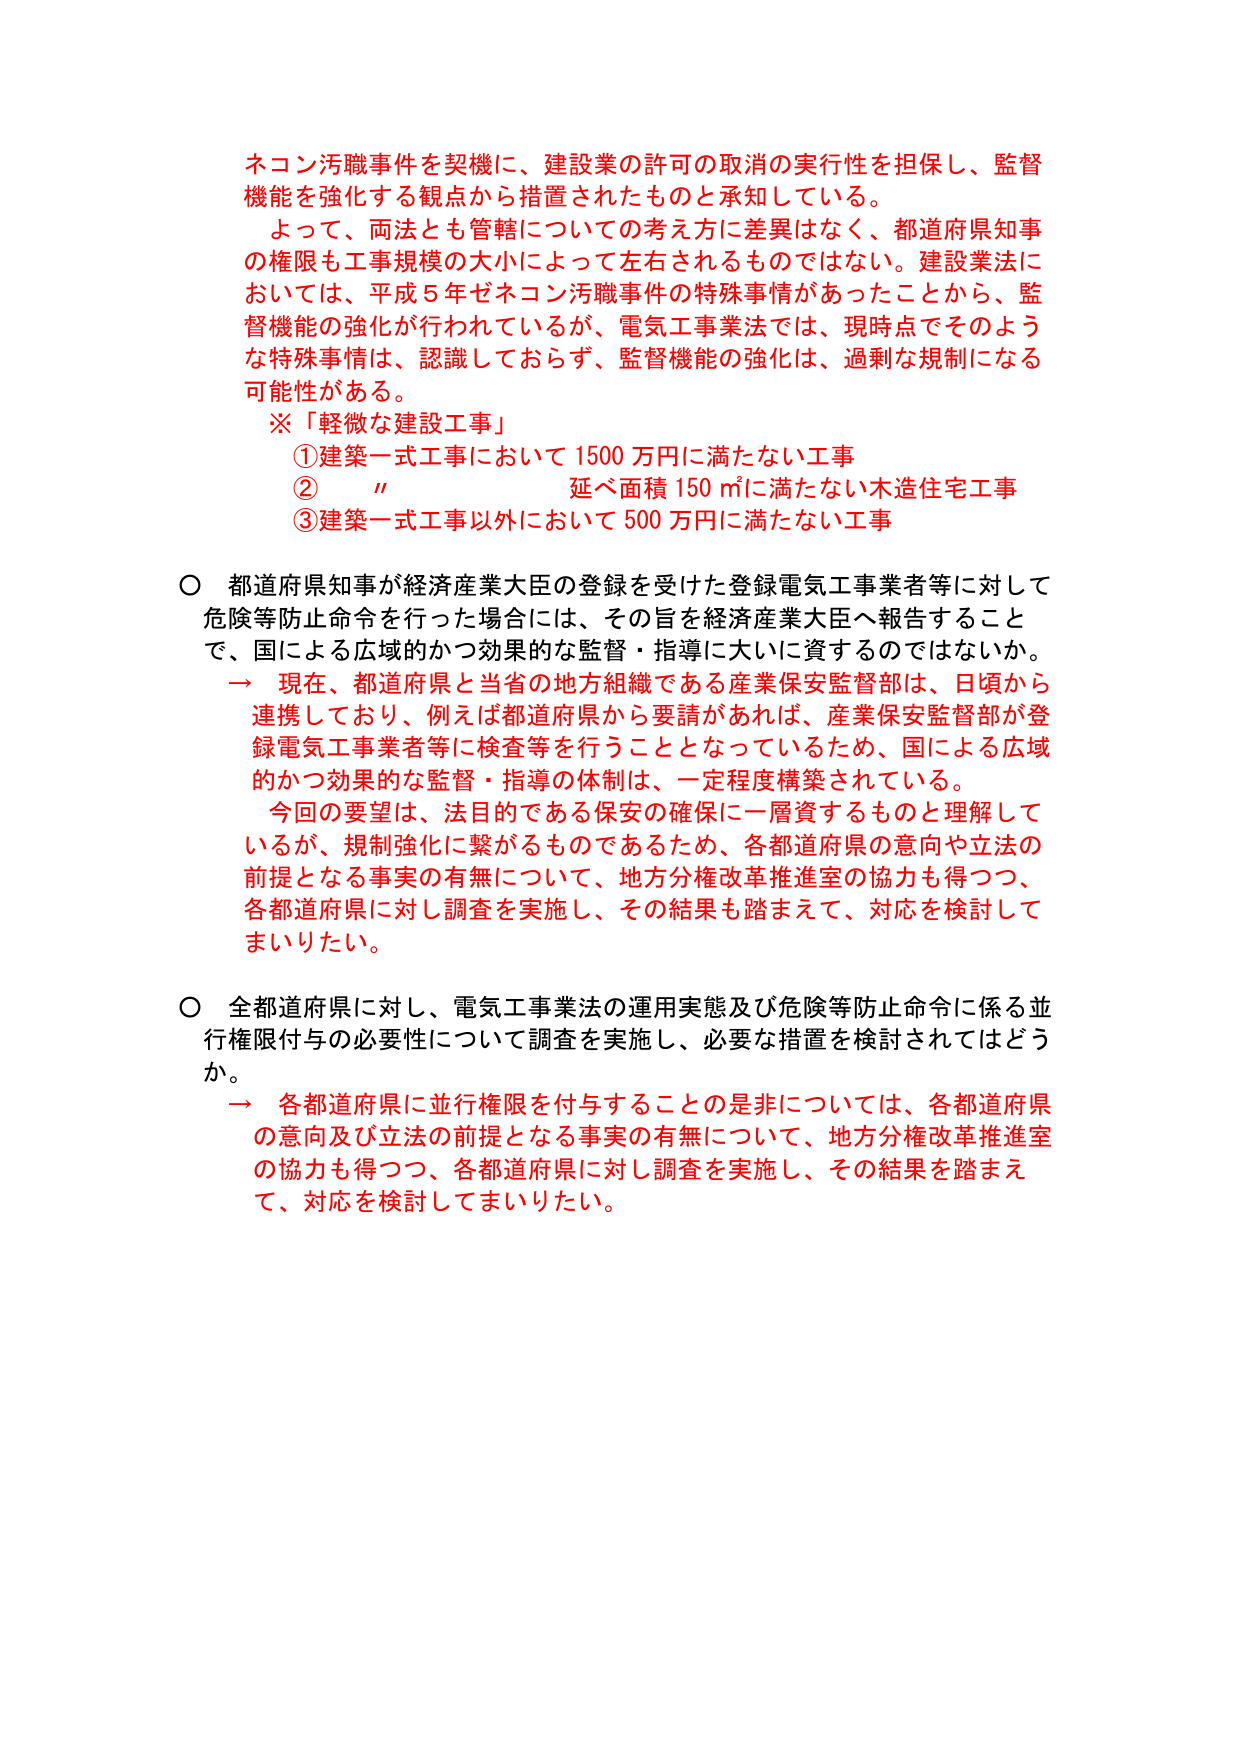
ネコン汚職事件を契機に、建設業の許可の取消の実行性を担保し、監督機能を強化する観点から措置されたものと承知している。

よって、両法とも管轄についての考え方に差異はなく、都道府県知事の権限も工事規模の大小によって左右されるものではない。建設業法においては、平成５年ゼネコン汚職事件の特殊事情があったことから、監督機能の強化が行われているが、電気工事業法では、現時点でそのような特殊事情は、認識しておらず、監督機能の強化は、過剰な規制になる可能性がある。

※「軽微な建設工事」
① 建築一式工事において 1500 万円に満たない工事
② 〃 延べ面積 150 ㎡に満たない木造住宅工事
③ 建築一式工事以外において 500 万円に満たない工事

○ 都道府県知事が経済産業大臣の登録を受けた登録電気工事業者等に対して危険等防止命令を行った場合には、その旨を経済産業大臣へ報告することで、国による広域的かつ効果的な監督・指導に大いに資するのではないか。

→ 現在、都道府県と当省の地方組織である産業保安監督部は、日頃から連携しており、例えば都道府県から要請があれば、産業保安監督部が登録電気工事業者等に検査等を行うこととなっているため、国による広域的かつ効果的な監督・指導の体制は、一定程度構築されている。

今回の要望は、法目的である保安の確保に一層資するものと理解しているが、規制強化に繋がるものであるため、各都道府県の意向や立法の前提となる事実の有無について、地方分権改革推進室の協力も得つつ、各都道府県に対し調査を実施し、その結果も踏まえて、対応を検討してまいりたい。

○ 全都道府県に対し、電気工事業法の運用実態及び危険等防止命令に係る並行権限付与の必要性について調査を実施し、必要な措置を検討されてはどうか。

→ 各都道府県に並行権限を付与することの是非については、各都道府県の意向及び立法の前提となる事実の有無について、地方分権改革推進室の協力も得つつ、各都道府県に対し調査を実施し、その結果を踏まえて、対応を検討してまいりたい。